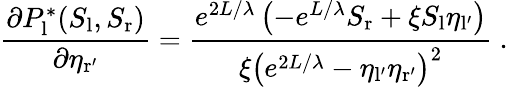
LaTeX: \frac{\partial P_{\mathrm{l}}^{*}(S_{\mathrm{l}},S_{\mathrm{r}})}{\partial\eta_{\mathrm{r^{\prime}}}}=\frac{e^{2L/\lambda}\left(-e^{L/\lambda}S_{\mathrm{r}}+\xi S_{\mathrm{l}}\eta_{\mathrm{l^{\prime}}}\right)}{\xi\left(e^{2L/\lambda}-\eta_{\mathrm{l^{\prime}}}\eta_{\mathrm{r^{\prime}}}\right)^{2}}\ .